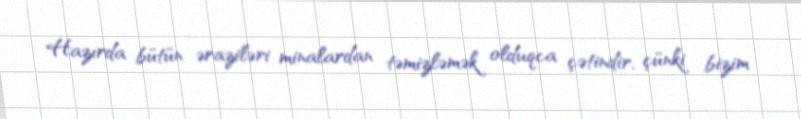
Hazırda bütün əraziləri minalardan təmizləmək olduqca çətindir, çünki bizim